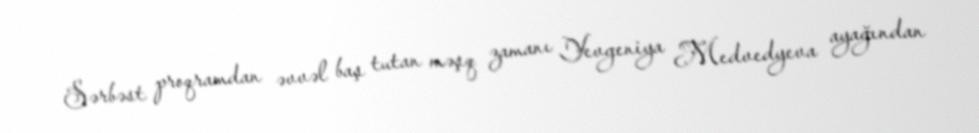
Sərbəst proqramdan əvvəl baş tutan məşq zamanı Yevgeniya Medvedyeva ayağından